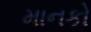
માનકો